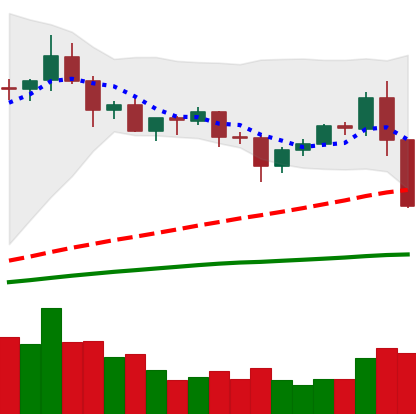
Ticker: XRP-USD
Chart end date: 2020-09-03
Forward return: -3.985%
Label: down_3_5